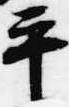
平